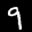
Label: 9